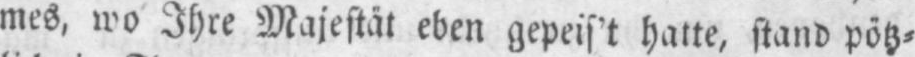
mes, wo Ihre Majestät eben gepeis’t hatte, stand pötz⸗